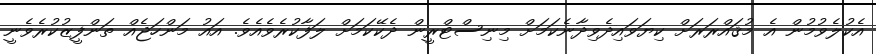
އެކުލެވުމުން އެ މުޤައްރަރަށް ކިޔަވައިދެވިދާނެކަމަށް މިނިސްޓްރީން ދެކޭކަމަށް ލަފާކުރެވެއެވެ. އައު މަންހަޖެއް ތަންފީޒުކުރެވެނީ